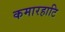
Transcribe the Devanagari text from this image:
कमारहाटि